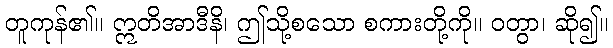
တူကုန်၏။ ဣတိအာဒီနိ၊ ဤသို့စသော စကားတို့ကို။ ဝတွာ၊ ဆို၍။